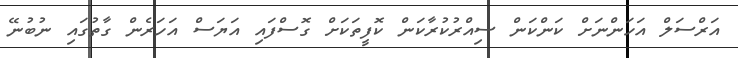
އަރްސަލް އަހަންނަށް ކަންކަން ސިއްރުކުރާކަން ކޮފީތަކަށް ގޮސްފައި އަޔަސް އަހަރެން ގާތުގައި ނުބުނޭ